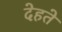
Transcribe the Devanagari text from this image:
देहते